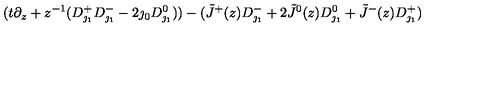
( t \partial _ { z } + z ^ { - 1 } ( D _ { \jmath _ { 1 } } ^ { + } D _ { \jmath _ { 1 } } ^ { - } - 2 \jmath _ { 0 } D _ { \jmath _ { 1 } } ^ { 0 } ) ) - ( \tilde { J } ^ { + } ( z ) D _ { \jmath _ { 1 } } ^ { - } + 2 \tilde { J } ^ { 0 } ( z ) D _ { \jmath _ { 1 } } ^ { 0 } + \tilde { J } ^ { - } ( z ) D _ { \jmath _ { 1 } } ^ { + } )